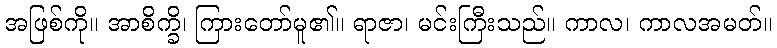
အဖြစ်ကို။ အာစိက္ခိ၊ ကြားတော်မူ၏။ ရာဇာ၊ မင်းကြီးသည်။ ကာလ၊ ကာလအမတ်။